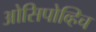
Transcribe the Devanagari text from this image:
ओसिपोव्हिच